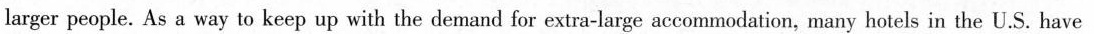
larger people. As a way to keep up with the demand for extra-large accommodation, many hotels in the U.S. Have